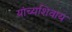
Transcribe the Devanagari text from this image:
यांच्यशिवाय